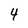
Character: 4